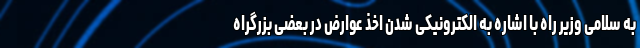
به سلامی وزیر راه با اشاره به الکترونیکی شدن اخذ عوارض در بعضی بزرگراه